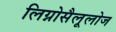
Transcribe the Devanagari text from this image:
लिग्नोसैलूलोज